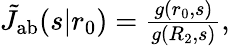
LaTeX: \begin{array}{r}{\tilde{J}_{\mathrm{{ab}}}(s|r_{0})=\frac{g(r_{0},s)}{g(R_{2},s)},}\end{array}